Annual report on the working of the Harcourt Butler Institute of Public Health, Rangoon
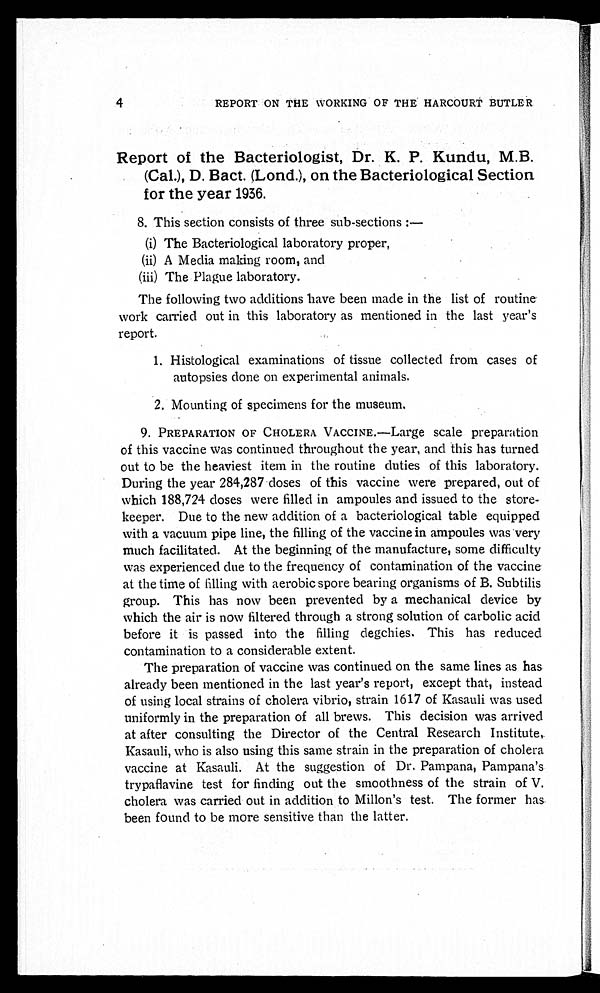
4
REPORT ON THE WORKING OF THE HARCOURt BUTLER
Report of the Bacteriologist, Dr. K. P. Kundu, M.B.
•
(Cal.), D. Bact. (Lond.), on the Bacteriological Section.
for the year 1936.
8. This section consists of three sub-sections :—
(0 The Bacteriological laboratory proper,
(ii) A Media making room, and
(iii) The Plague laboratory.
The following two additions have been made in the list of routine
work carried out in this laboratory as mentioned in the last year's
report.
1. Histological examinations of tissue collected from cases of
autopsies done on experimental animals.
2. Mounting of specimens for the museum.
9. PREPARATION OF CHOLERA VACCINE.—Large scale preparation
of this vaccine was continued throughout the year, and this has turned
out to be the heaviest item in the routine duties of this laboratory.
During the year 284,287 doses of this vaccine were prepared, out of
which 188,724 doses were filled in ampoules and issued to the store-
keeper. Due to the new addition of a bacteriological table equipped
with a vacuum pipe line, the filling of the vaccine in ampoules was very
much facilitated. At the beginning of the manufacture, some difficulty
was experienced clue to the frequency of contamination of the vaccine
at the time of filling with aerobic spore bearing organisms of B. Subtilis
group. This has now been prevented by a mechanical device by
which the air is now filtered through a strong solution of carbolic acid
before it is passed into the filling degchies. This has reduced
contamination to a considerable extent.
The preparation of vaccine was continued on the same lines as has
already been mentioned in the last year's report, except that, instead
of using local strains of cholera vibrio, strain 1617 of Kasauli was used
uniformly in the preparation of all brews. This decision was arrived
at after consulting the Director of the Central Research Institute,.
Kasauli, who is also using this same strain in the preparation of cholera
vaccine at Kasauli. At the suggestion of Dr. Pampana, Pampana's
trypaflavine test for finding out the smoothness of the strain of V.
cholera was carried out in addition to Millon's test. The former has
been found to be more sensitive than the latter.